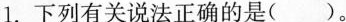
1.下列有关说法正确的是( )。